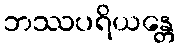
ဘဿပရိယန္တေ